Civil Veterinary Department Bihar & Orissa reports 1911-21 - 1911-1921
Year: 1911
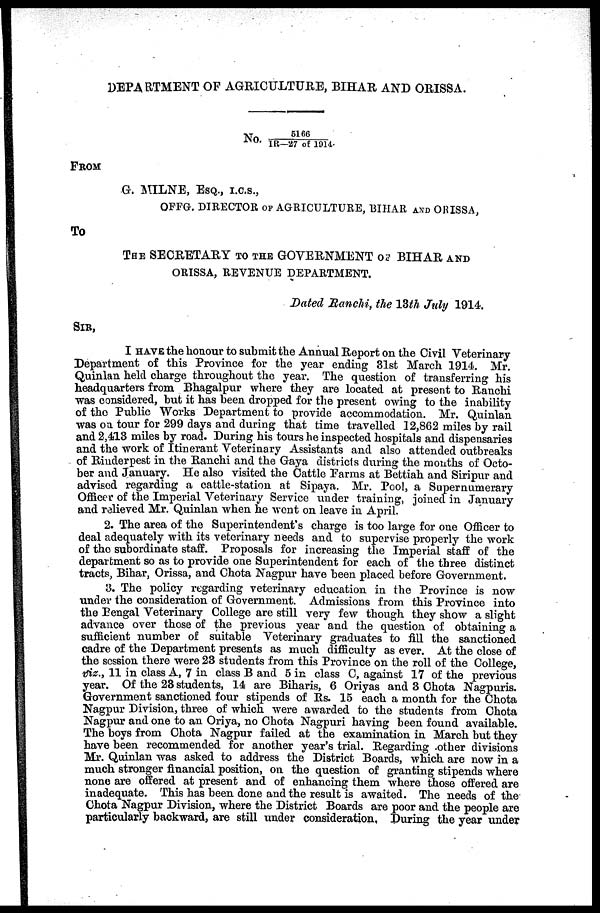
DEPARTMENT OF AGRICULTURE, BIHAR AND ORISSA.
FROM
G. MILNE, ESQ., I.C.S.,
OFFG. DIRECTOR OF AGRICULTURE, BIHAR AND ORISSA,
To
THE SECRETARY TO THE GOVERNMENT OF BIHAR AND
ORISSA, REVENUE DEPARTMENT.
Dated Ranchi, the 13th July 1914.
SIR,
I HAVE the honour to submit the Annual Report on the Civil Veterinary
Department of this Province for the year ending 31st March 1914. Mr.
Quinlan held charge throughout the year. The question of transferring his
headquarters from Bhagalpur where they are located at present to Ranchi
was considered, but it has been dropped for the present owing to the inability
of the Public Works Department to provide accommodation. Mr. Quinlan
was on tour for 299 days and during that time travelled 12,862 miles by rail
and 2,413 miles by road. During his tours he inspected hospitals and dispensaries
and the work of Itinerant Veterinary Assistants and also attended outbreaks
of Rinderpest in the Ranchi and the Gaya districts during the months of Octo-
ber and January. He also visited the Cattle Farms at Bettiah and Siripur and
advised regarding a cattle-station at Sipaya. Mr. Pool, a Supernumerary
Officer of the Imperial Veterinary Service under training, joined in January
and relieved Mr. Quinlan when he went on leave in April.
2. The area of the Superintendent's charge is too large for one Officer to
deal adequately with its veterinary needs and to supervise properly the work
of the subordinate staff. Proposals for increasing the Imperial staff of the
department so as to provide one Superintendent for each of the three distinct
tracts, Bihar, Orissa, and Chota Nagpur have been placed before Government.
3. The policy regarding veterinary education in the Province is now
under the consideration of Government. Admissions from this Province into
the Bengal Veterinary College are still very few though they show a slight
advance over those of the previous year and the question of obtaining a
sufficient number of suitable Veterinary graduates to fill the sanctioned
cadre of the Department presents as much difficulty as ever. At the close of
the session there were 23 students from this Province on the roll of the College,
viz., 11 in class A, 7 in class B and 5 in class C, against 17 of the previous
year. Of the 23 students, 14 are Biharis, 6 Oriyas and 3 Chota Nagpuris.
Government sanctioned four stipends of Rs. 15 each a month for the Chota
Nagpur Division, three of which were awarded to the students from Chota
Nagpur and one to an Oriya, no Chota Nagpuri having been found available.
The boys from Chota Nagpur failed at the examination in March but they
have been recommended for another year's trial. Regarding other divisions
Mr. Quinlan was asked to address the District Boards, which are now in a
much stronger financial position, on the question of granting stipends where
none are offered at present and of enhancing them where those offered are
inadequate. This has been done and the result is awaited. The needs of the
Chota Nagpur Division, where the District Boards are poor and the people are
particularly backward, are still under consideration, During the year under